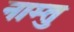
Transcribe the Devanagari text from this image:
नाम्तु